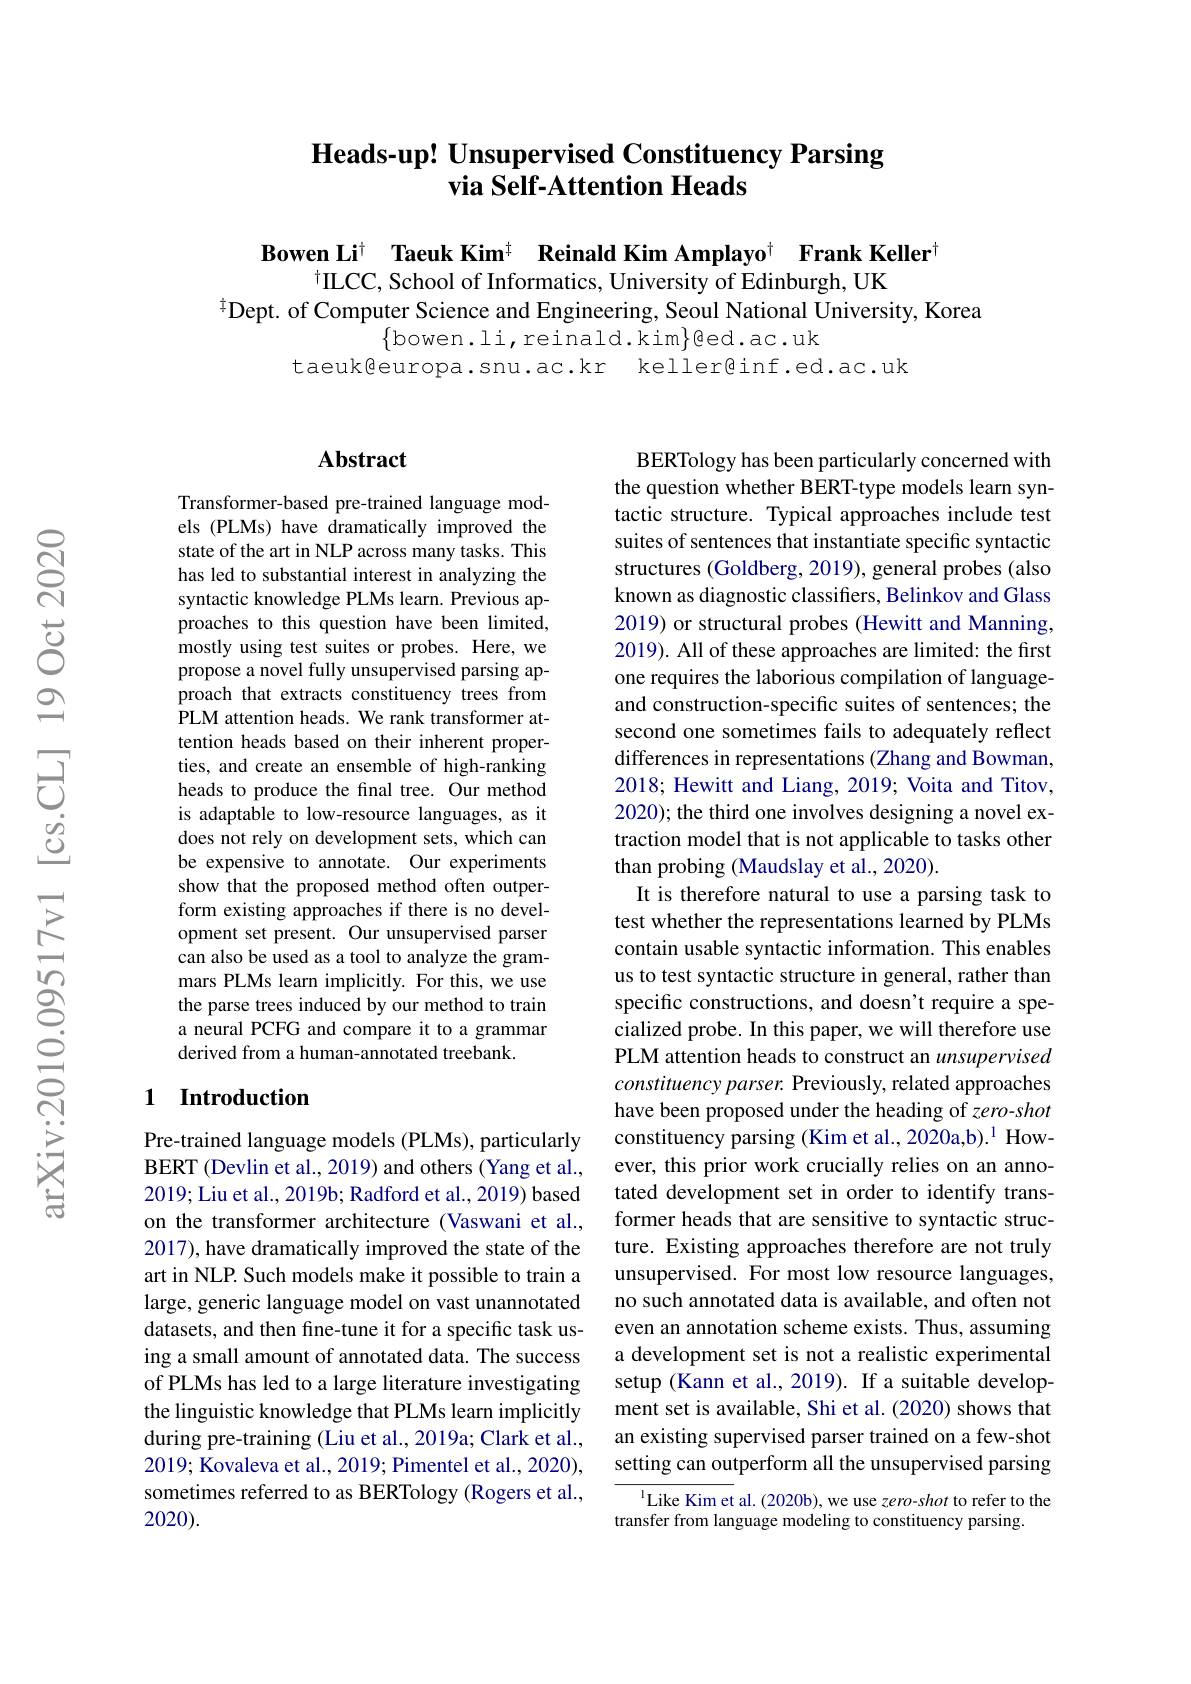
# Heads-up! Unsupervised Constituency Parsing via Self-Attention Heads

Bowen Li$^{\dagger}$ Taeuk Kim$^{\dagger}\textbf{ Reinald Kim Amplayo}^{\dagger}$ Frank Keller
$^{\dagger}$LCC, School of Informatics, University of Edinburgh, UK
$^{\frac14}$Dept. of Computer Science and Engineering, Seoul National University, Korea
$\{$bowen.li,reinald.kim$\}$ed.ac.uk
taeuk@europa.snu.ac.kr keller@inf.ed.ac.uk

### $\mathbf{Abstract}$

Transformer-based pre-trained language models (PLMs) have dramatically improved the state of the art in NLP across many tasks. This has led to substantial interest in analyzing the syntactic knowledge PLMs learn. Previous approaches to this question have been limited, mostly using test suites or probes. Here, we propose a novel fully unsupervised parsing approach that extracts constituency trees from PLM attention heads. We rank transformer attention heads based on their inherent properties, and create an ensemble of high-ranking heads to produce the final tree. Our method is adaptable to low-resource languages, as it does not rely on development sets, which can be expensive to annotate. Our experiments show that the proposed method often outperform existing approaches if there is no development set present. Our unsupervised parser can also be used as a tool to analyze the grammars PLMs learn implicitly. For this, we use the parse trees induced by our method to train a neural PCFG and compare it to a grammar derived from a human-annotated treebank.

## 1 Introduction

Pre-trained language models (PLMs), particularly BERT (Devlin et al., 2019) and others (Yang et al., 2019; Liu et al., 2019b; Radford et al., 2019) based on the transformer architecture (Vaswani et al., 2017), have dramatically improved the state of the art in NLP. Such models make it possible to train a large, generic language model on vast unannotated datasets, and then fine-tune it for a specific task using a small amount of annotated data. The success of PLMs has led to a large literature investigating the linguistic knowledge that PLMs learn implicitly during pre-training (Liu et al., 2019a; Clark et al., 2019; Kovaleva et al., 2019; Pimentel et al., 2020), sometimes referred to as BERTology (Rogers et al., 2020).

BERTology has been particularly concerned with the question whether BERT-type models learn syntactic structure. Typical approaches include test suites of sentences that instantiate specific syntactic structures (Goldberg, 2019), general probes (also known as diagnostic classifers, Belinkov and Glass 2019) or structural probes (Hewitt and Manning, 2019). All of these approaches are limited: the first one requires the laborious compilation of languageand construction-specific suites of sentences; the second one sometimes fails to adequately reflect differences in representations (Zhang and Bowman, 2018; Hewitt and Liang, 2019; Voita and Titov, 2020); the third one involves designing a novel extraction model that is not applicable to tasks other than probing (Maudslay et al., 2020).
It is therefore natural to use a parsing task to test whether the representations learned by PLMs contain usable syntactic information. This enables us to test syntactic structure in general, rather than specific constructions, and doesn't require a specialized probe. In this paper, we will therefore use PLM attention heads to construct an unsupervised constituency parser. Previously, related approaches have been proposed under the heading of zero-shot constituency parsing (Kim et al., 2020a,b).$^{1}$ However, this prior work crucially relies on an annotated development set in order to identify transformer heads that are sensitive to syntactic structure. Existing approaches therefore are not truly unsupervised. For most low resource languages, no such annotated data is available, and often not even an annotation scheme exists. Thus, assuming a development set is not a realistic experimental setup (Kann et al., 2019). If a suitable development set is available, Shi et al. (2020) shows that an existing supervised parser trained on a few-shot setting can outperform all the unsupervised parsing
Like Kim et al. (2020b), we use zero-shot to refer to the

transfer from language modeling to constituency parsing